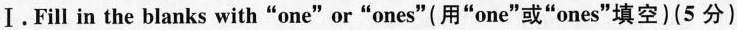
Ⅰ. Fill in the blanks with“one"or“ones"(用“one"或“ones"填空) (5 分)